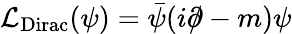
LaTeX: {\mathcal{L}}_{\mathrm{Dirac}}(\psi)={\bar{\psi}}(i\partial\! \! \! /-m)\psi